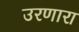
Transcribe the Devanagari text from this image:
उरणारा